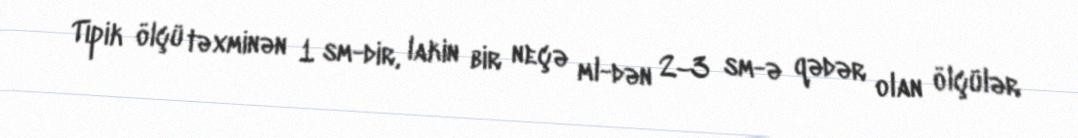
Tipik ölçü təxminən 1 sm-dir, lakin bir neçə ml-dən 2–3 sm-ə qədər olan ölçülər